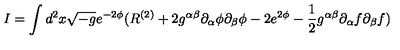
I = \int d ^ { 2 } x \sqrt { - g } e ^ { - 2 \phi } ( R ^ { ( 2 ) } + 2 g ^ { \alpha \beta } \partial _ { \alpha } \phi \partial _ { \beta } \phi - 2 e ^ { 2 \phi } - \frac { 1 } { 2 } g ^ { \alpha \beta } \partial _ { \alpha } f \partial _ { \beta } f )